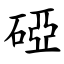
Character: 䃁